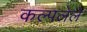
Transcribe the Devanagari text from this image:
कल्पलेले